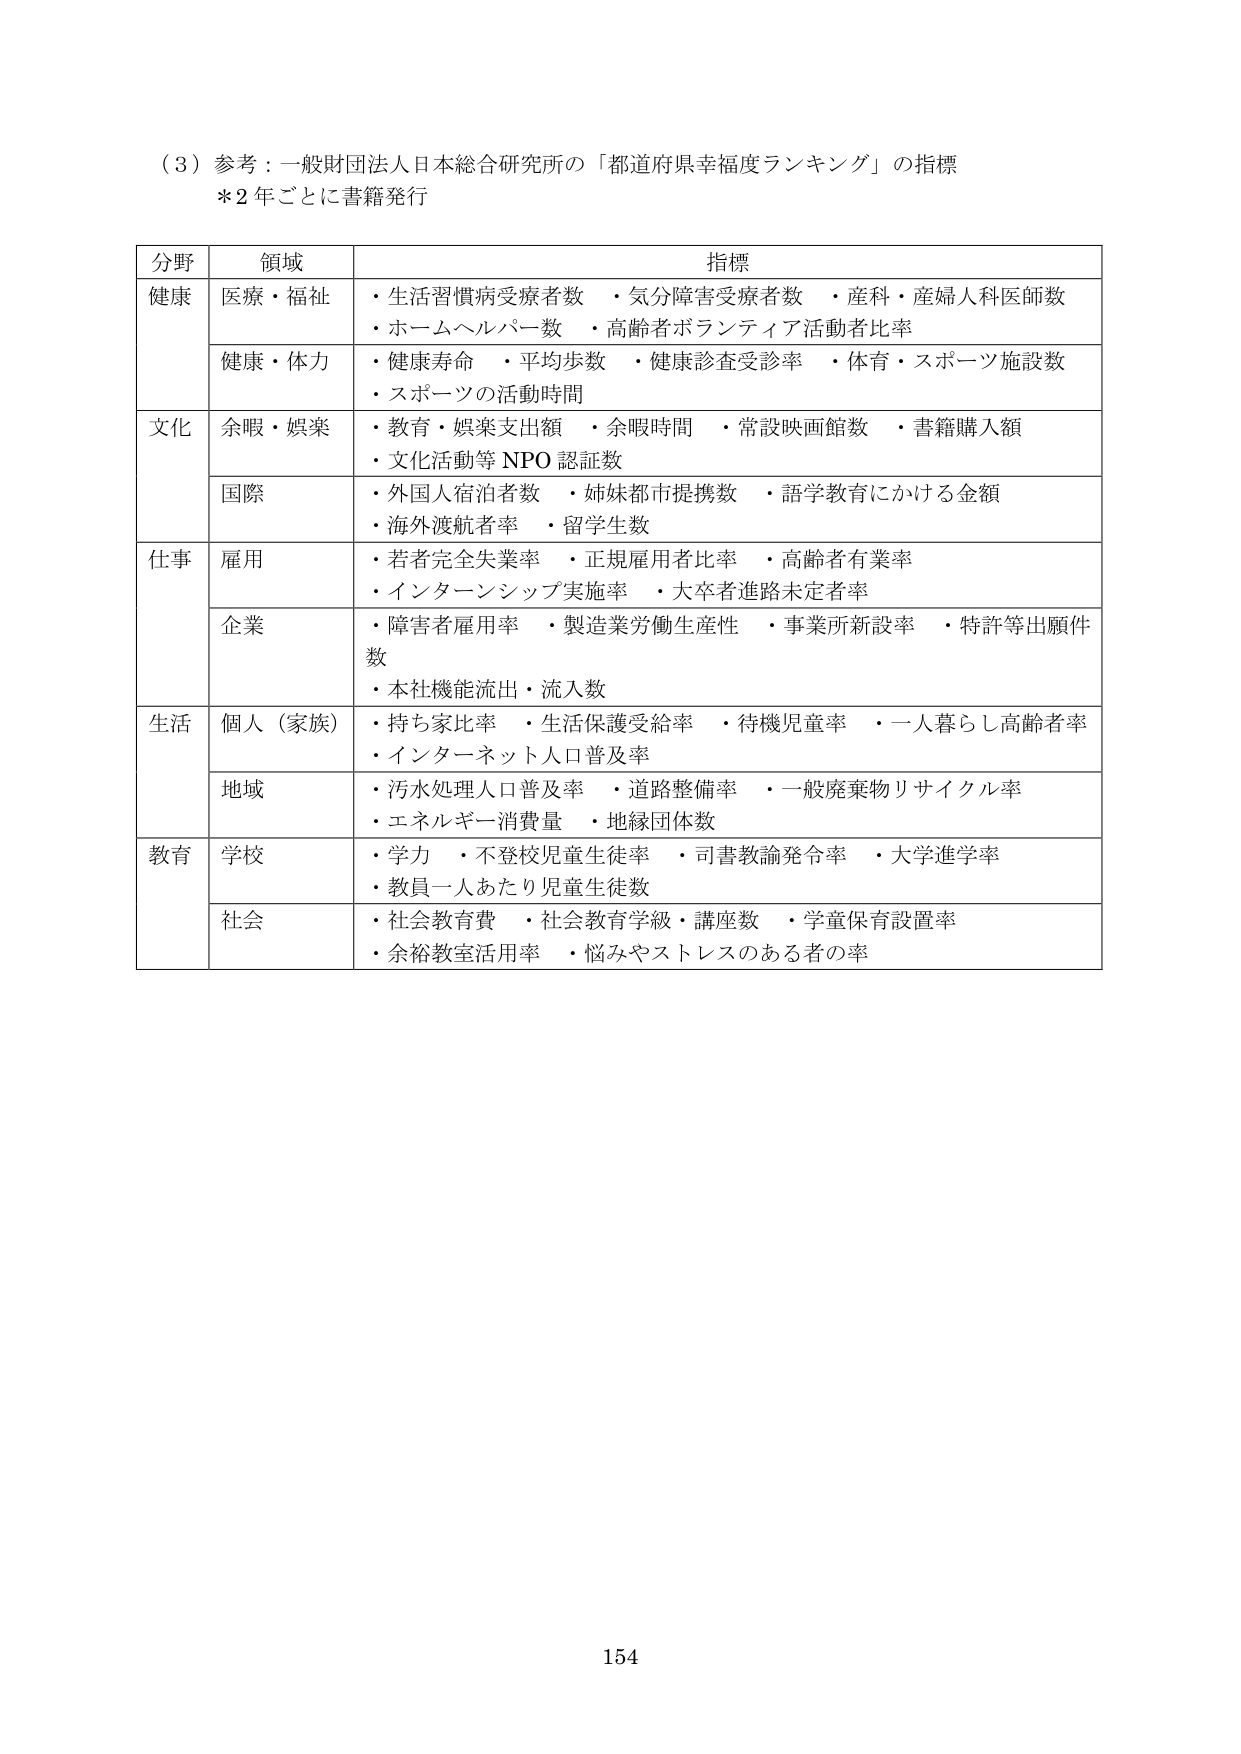
（3）参考：一般財団法人日本総合研究所の「都道府県幸福度ランキング」の指標
＊2年ごとに書籍発行

分野　　領域　　指標
健康　　医療・福祉　　・生活習慣病受療者数　・気分障害受療者数　・産科・産婦人科医師数
　　　　　　　　　　・ホームヘルパー数　・高齢者ボランティア活動者比率
　　　　健康・体力　　・健康寿命　・平均歩数　・健康診査受診率　・体育・スポーツ施設数
　　　　　　　　　　・スポーツの活動時間
文化　　余暇・娯楽　　・教育・娯楽支出額　・余暇時間　・常設映画館数　・書籍購入額
　　　　　　　　　　・文化活動等 NPO 認証数
　　　　国際　　　　・外国人宿泊者数　・姉妹都市提携数　・語学教育にかける金額
　　　　　　　　　　・海外渡航者率　・留学生数
仕事　　雇用　　　　・若者完全失業率　・正規雇用者比率　・高齢者有業率
　　　　　　　　　　・インターンシップ実施率　・大卒者進路未定者率
　　　　企業　　　　・障害者雇用率　・製造業労働生産性　・事業所新設率　・特許等出願件数
　　　　　　　　　　・本社機能流出・流入数
生活　　個人（家族）　・持ち家比率　・生活保護受給率　・待機児童率　・一人暮らし高齢者率
　　　　　　　　　　・インターネット人口普及率
　　　　地域　　　　・汚水処理人口普及率　・道路整備率　・一般廃棄物リサイクル率
　　　　　　　　　　・エネルギー消費量　・地縁団体数
教育　　学校　　　　・学力　・不登校児童生徒率　・司書教諭発令率　・大学進学率
　　　　　　　　　　・教員一人あたり児童生徒数
　　　　社会　　　　・社会教育費　・社会教育学級・講座数　・学童保育設置率
　　　　　　　　　　・余裕教室活用率　・悩みやストレスのある者の率

154